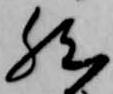
然